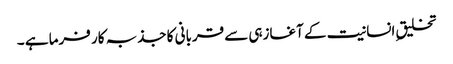
تخلیق ِانسانیت کے آغازہی سے قربانی کا جذبہ کار فرما ہے ۔